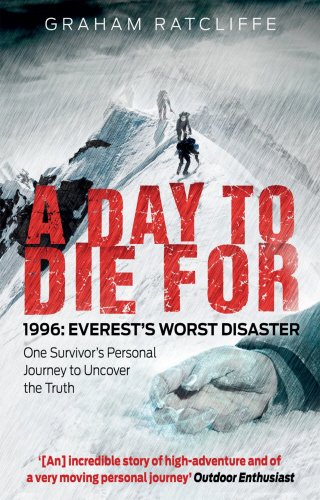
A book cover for A Day to Die For: 1996: Everest's Worst Disaster; Graham Ratcliffe; Sports & Outdoors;